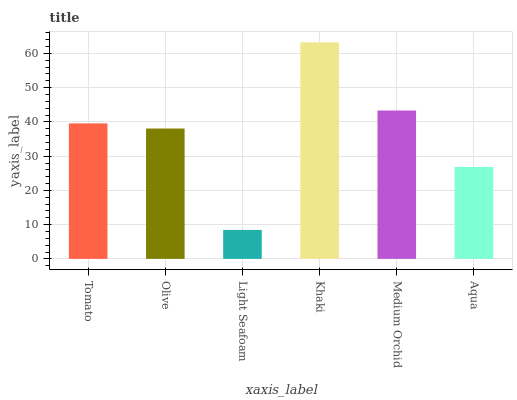
| xaxis_label | bars |
 | --- | --- |
 | Tomato | 39.6 |
 | Olive | 38.1 |
 | Light Seafoam | 8.46 |
 | Khaki | 63.2 |
 | Medium Orchid | 43.3 |
 | Aqua | 26.8 |